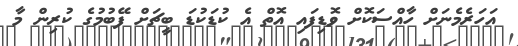
އަހަރެމެނަށް ހާއްސަކޮށް ވޮޑިފައި އޮތް އެ ކުޑަކުޑަ ބީޗަށް ފޭބުމުގެ ކުރިން މާ